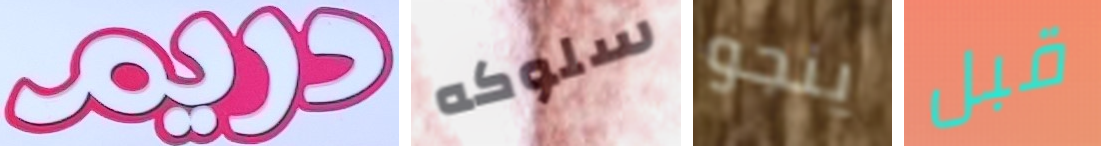
دريم سلوكه ينجو قبل